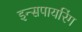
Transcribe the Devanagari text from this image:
इन्सपायरिंग